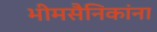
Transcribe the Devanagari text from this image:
भीमसैनिकांना